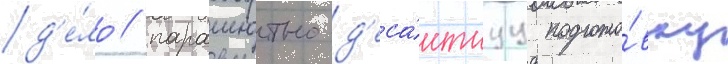
д'е́ло / парашютно-д'еса́нтнуу подгото́вку